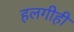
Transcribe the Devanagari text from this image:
हलगीही